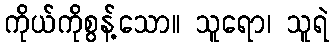
ကိုယ်ကိုစွန့်သော။ သူရော၊ သူရဲ